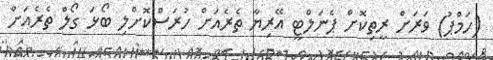
(ހަމްޕު) ވަރަށް ރީތިކޮށް ޕެނަލްޓީ އޭރިޔާ ތެރެއަށް ހުރަސްކޮށްލި ބޯޅަ ގޯލް ތެރެއަށް